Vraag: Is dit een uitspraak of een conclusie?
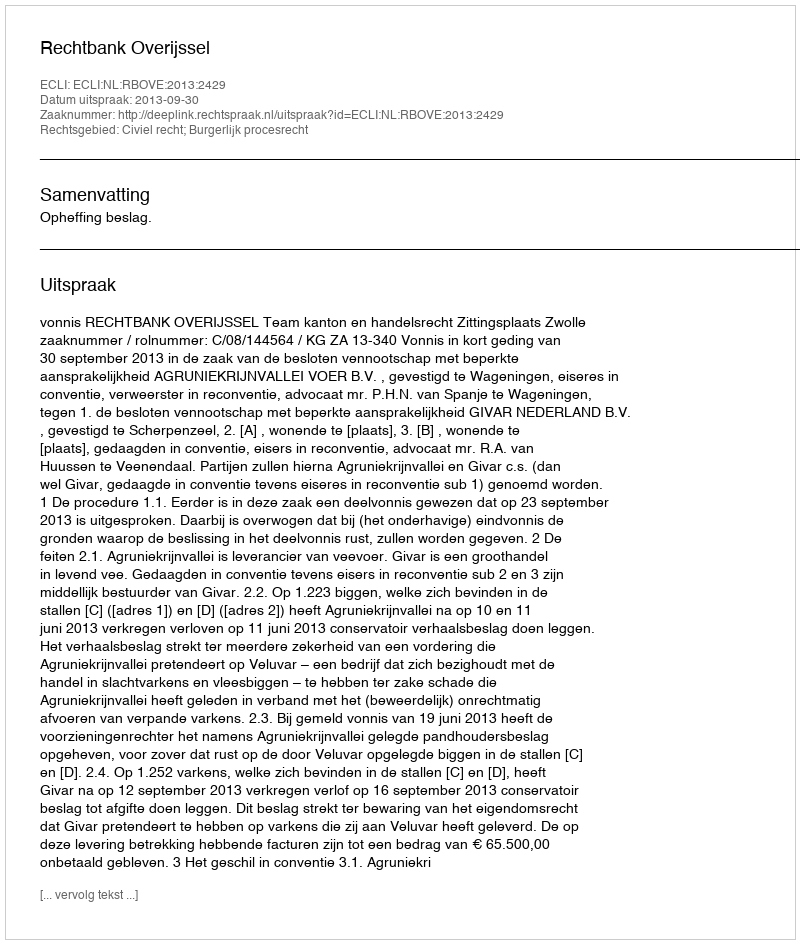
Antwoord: Uitspraak